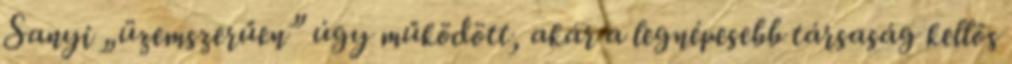
Sanyi „üzemszerűen” úgy működött, akár a legnépesebb társaság kellős